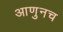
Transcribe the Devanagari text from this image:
आणुनच